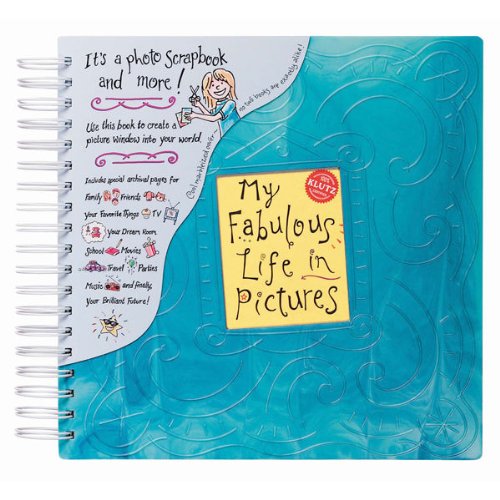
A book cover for My Fabulous Life in Pictures (Klutz); Children's Books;